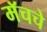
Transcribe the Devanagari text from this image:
मॅचचे